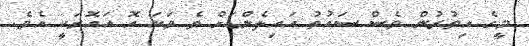
މީގެ އިތުރުން ވެސް ސައުތު އައިލެންޑަށް ތެ ވަކަ އޮ އައޮރަކީ އެވެ.